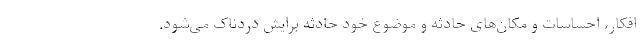
افکار، احساسات و مکان‌های حادثه و موضوع خود حادثه برایش دردناک می‌شود.